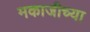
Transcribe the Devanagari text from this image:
मकाजीच्या